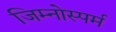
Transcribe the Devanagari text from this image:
जिम्‍नोस्‍पर्म